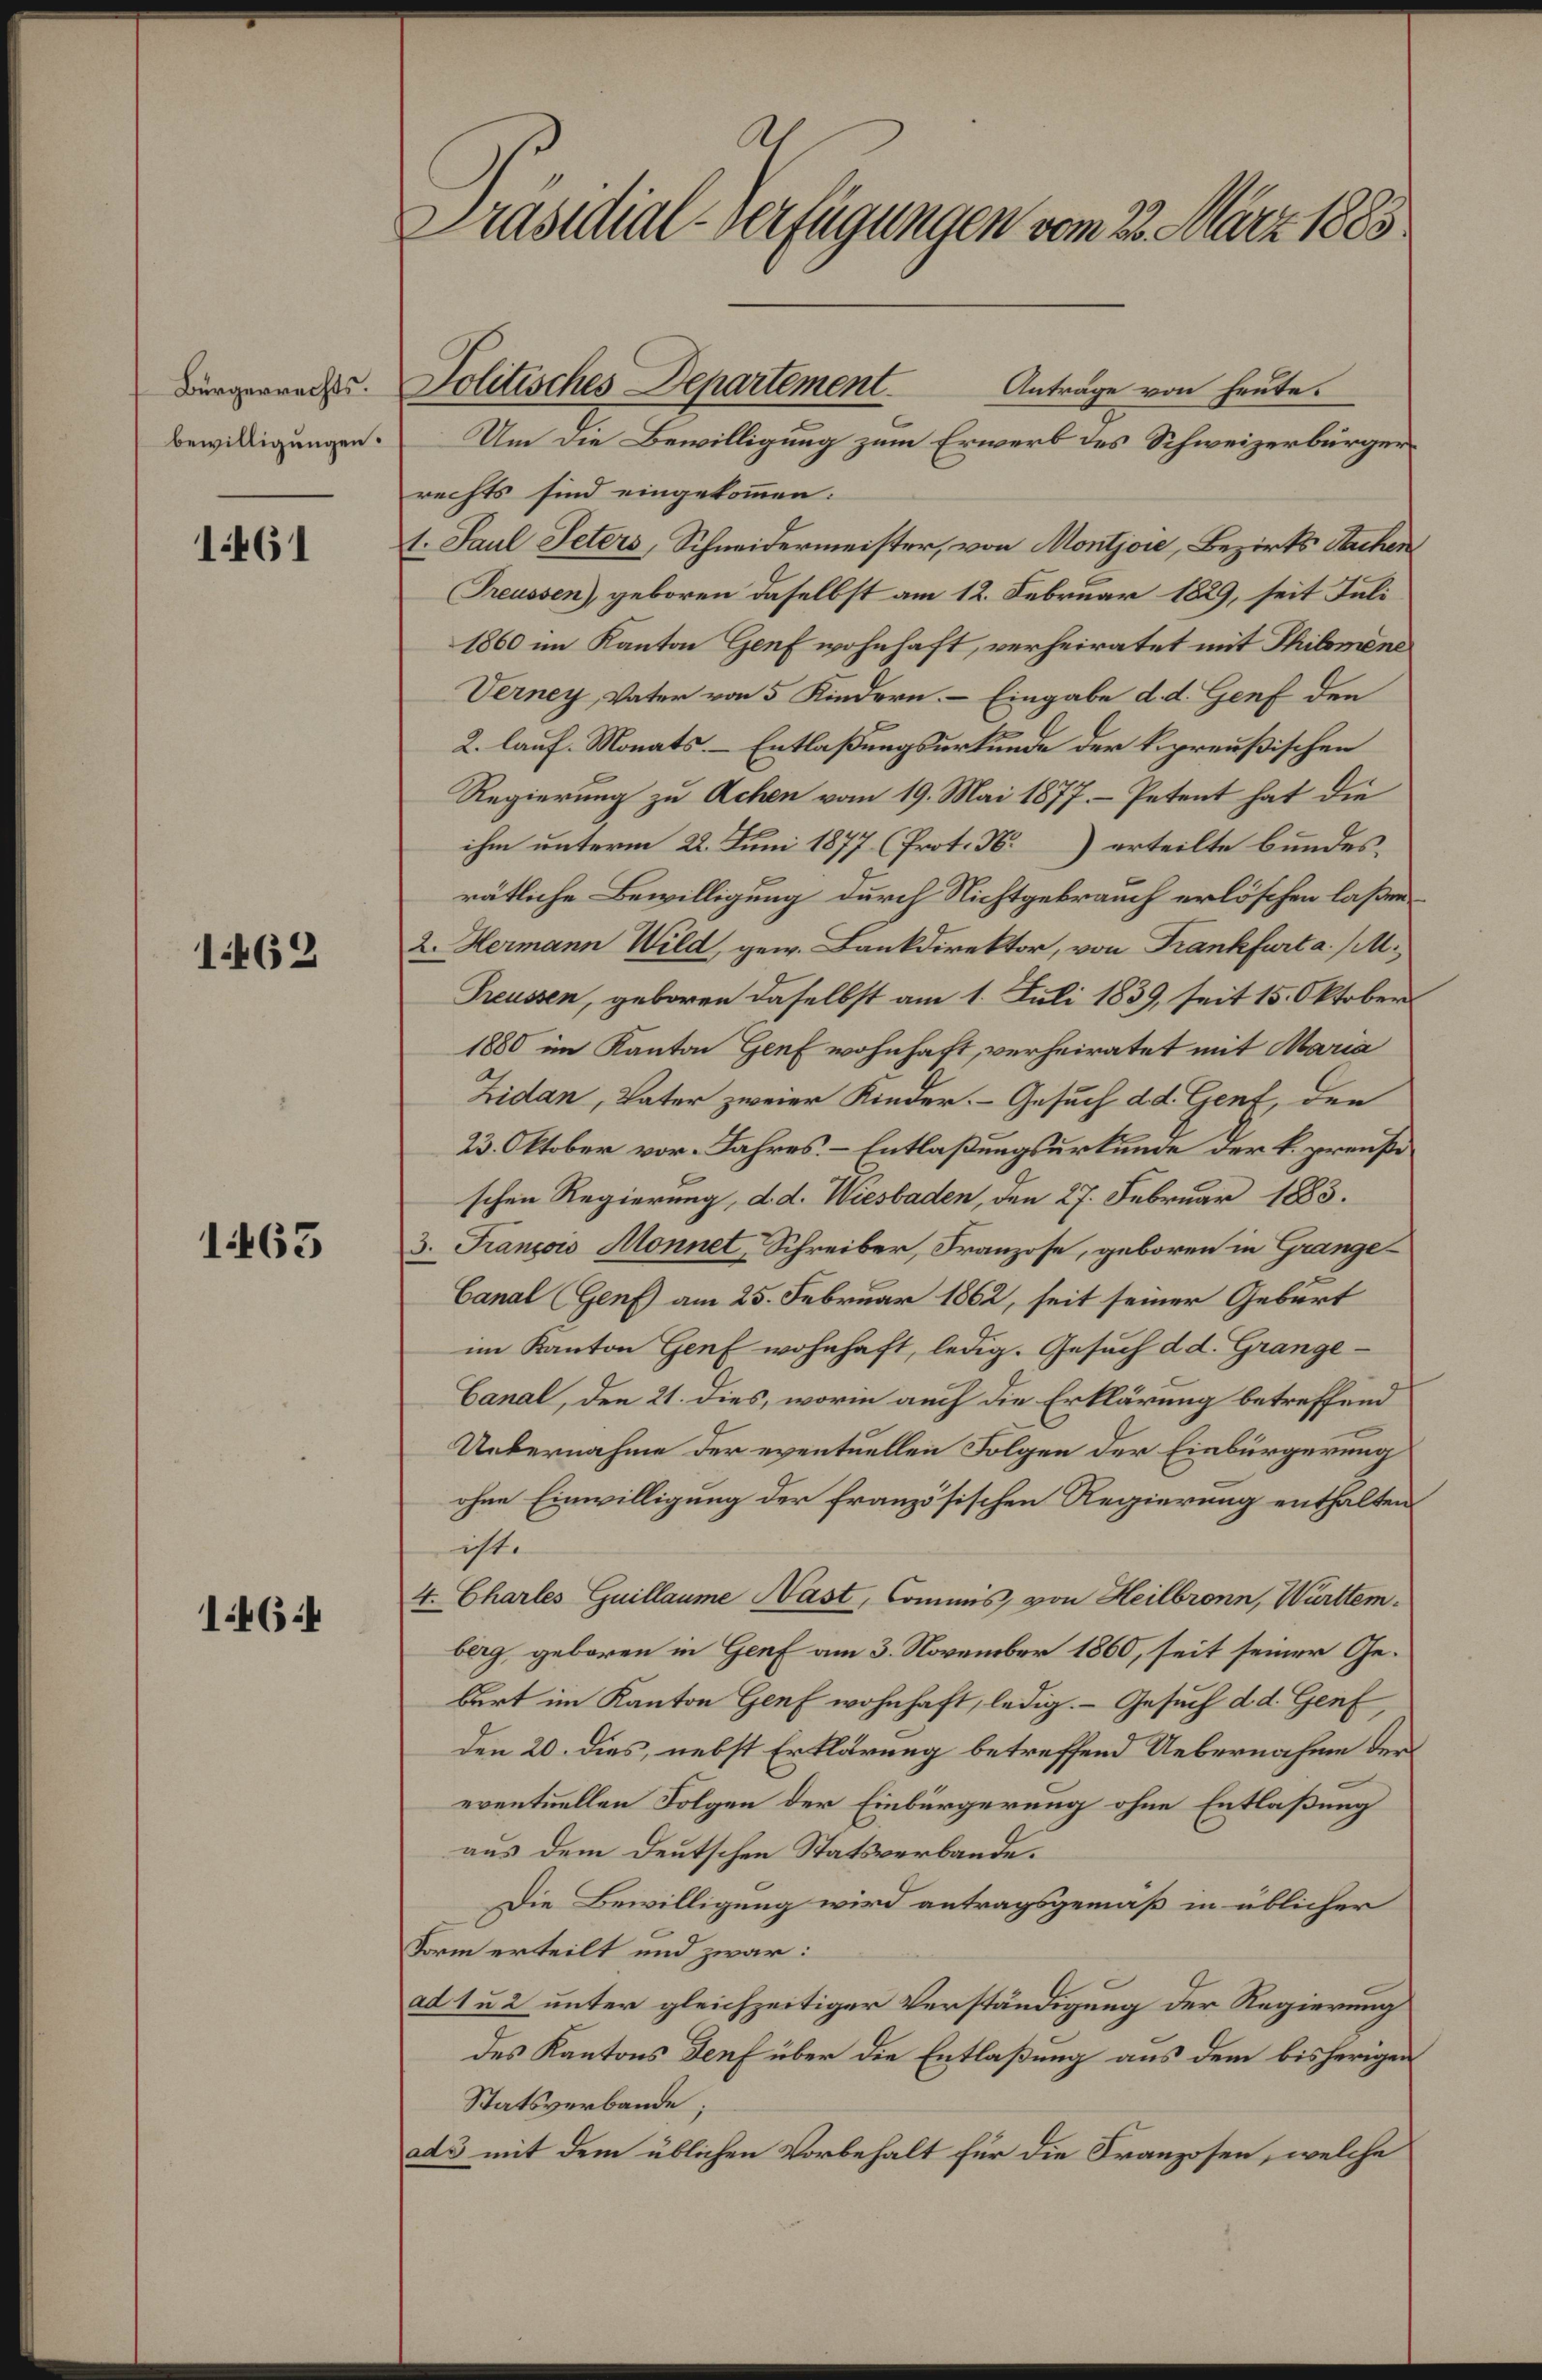
Bürgerrechts.
bewilligungen.

1461

1462

1463

146:

A.
Präsidial-Verfügungen vom 22. März 1883

Anträge von heute.
Um die Bewilligung zum Erwerb des Schweizerbürgerrechts sind eingekommen.
1. Paul Peters, Schneidermeister, von Montjoie, Bezirks Sachen
Treussen), geboren daselbst am 12. Februar 1829, seit Juli
1860 im Kanton Genf wohnhaft, verheiratet mit Thilomend
Verney, Vater von 5 Kindern. – Eingabe d. d. Genf den
2. lauf. Monats-Entlaßungsurkunde der kipreußischen
Regierung zu Achen vom 19. Mai 1877.- Petent hat die
ihm unterm 22. Juni 1877 (Prot. N. erteilte bundes,
rätliche Bewilligung durch Nichtgebrauch erlöschen laßen.
2. Hermann Wild, gew. Bankdirektor, von Frankfurt a. (MM.
Treussen, geboren daselbst am 1. Juli 1839, seit 15. Oktober
1880 im Kanton Genf wohnhaft, verheiratet mit Maria
Zidan, Vater zweier Kinder. Gesuch d. d. Genf, der
23. Oktober vor. Jahres. - Entlaßungsurkunde der k. zweife
schen Regierung, d. d. Wiesbaden, den 27. Februar 1883.
3. Francois Monnet, Schreiber, Franzose, geboren in Grange¬
Canal (Genf) am 25. Februar 1862, seit seiner Geburt
im Kanton Genf wohnhaft, ledig. Gesuch d. d. Grange¬
Canal, den 21. dies, worin auch die Erklärung betreffend
Uebernahme der eventuellen Folgen der Einbürgerung
ohne Einwilligung der französischen Regierung enthalten
ist.
4. Chartes Guillaume Hast, Commis von Heilbronn, Württem
berg, geboren in Genf am 3. November 1860, seit seiner Gebart im Kanton Genf wohnhaft, ledig. Gesuch d. d. Genf,
den 20. dies, nebst Erklärung betreffend Uebernahme der
eventuellen Folgen der Einbürgerung ohne Entlaßung
aus dem Deutschen Statsverbande.
Die Bewilligung wird antragsgemäß in üblicher
Form erteilt und zwar:
ad 1 u 2 unter gleichzeitiger Verständigung der Regierung
des Kantons Denf über die Entlaßung aus dem bisherigen
Statsverbande;
ads mit dem üblichen Vorbehalt für die Franzosen, welche

Politisches Departement